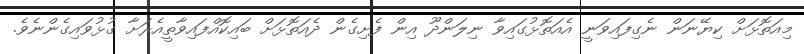
މިއަތޮޅަށް ކިޔޭނަން ނެގިފައިވަނީ އެއަތޮޅުގައިވާ ނިލަންދޫ އިން ފެށިގެން ދެއަތޮޅަށް ބައިކޮއްފައިވާތީއެރަށާ ގުޅުވައިގެންނެވެ.